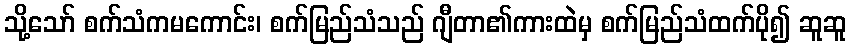
သို့သော် စက်သံကမကောင်း၊ စက်မြည်သံသည် ဂျီတာ၏ကားထဲမှ စက်မြည်သံထက်ပို၍ ဆူဆူ